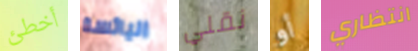
أخطئ اليائسة نقلي أو انتظاري